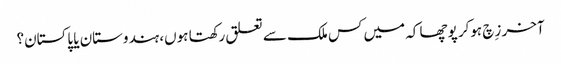
آخر زِچ ہوکر پوچھا کہ میں کس ملک سے تعلق رکھتا ہوں، ہندوستان یا پاکستان؟